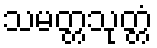
သမတ္တသုတ္တံ